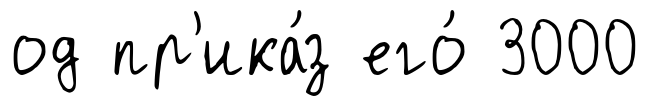
од пр'ика́з его́ 3000